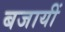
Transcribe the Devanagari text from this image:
बजायीं